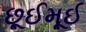
છૂઈમૂઈ